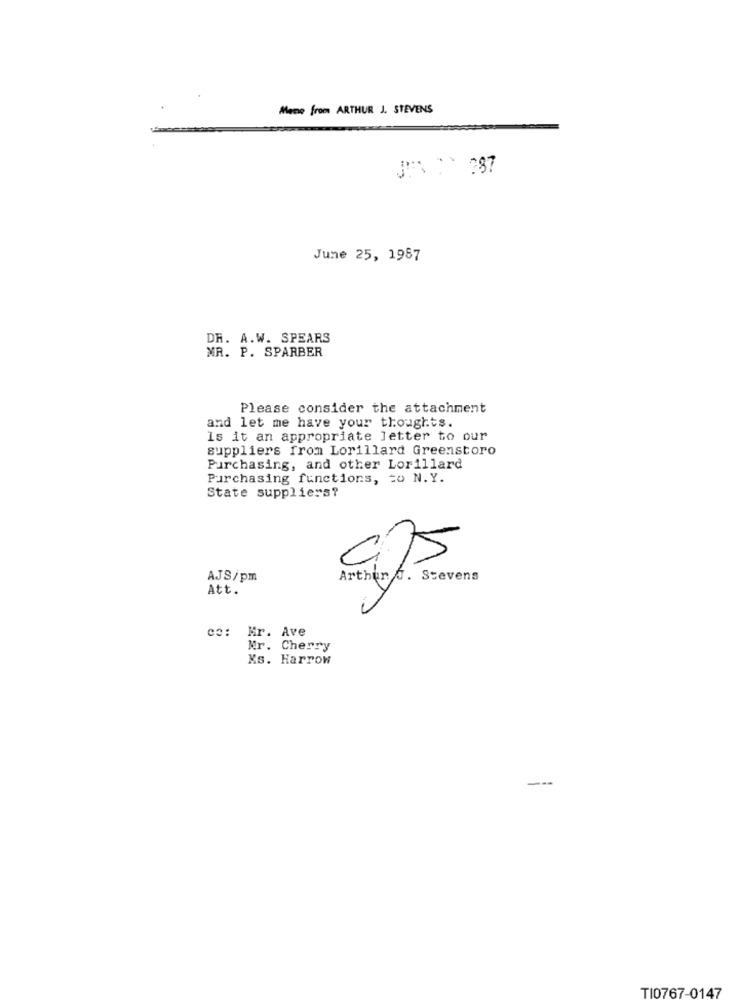
Meme from ARTHUR J. STEVENS
June 25, 1987
DR. A.W. SPEARS
MR. P. SPARBER
Please consider the attachment
and let me have your thoughts.
Is it an appropriate letter to our
suppliers from Lorillard Greenstoro
Purchasing, and other Lorillard
Purchasing functions, to N.Y.
State suppliers?
AJS/pm
Arthur 0. Stevens
Att.
ce: Mr. Ave
Mr. Cherry
Ms. Harrow
---
TI0767-0147